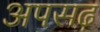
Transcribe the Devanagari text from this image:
अपसढ़